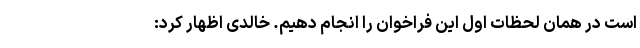
است در همان لحظات اول این فراخوان را انجام دهیم. خالدی اظهار کرد: